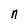
Character: n